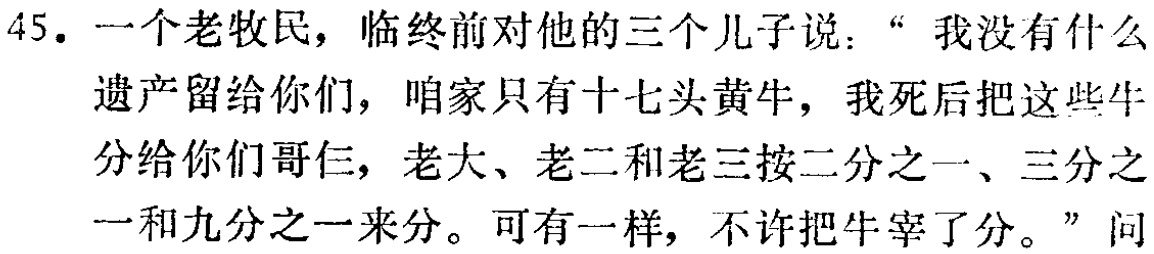
45. 一个老牧民，临终前对他的三个儿子说：“ 我没有什么遗产留给你们，咱家只有十七头黄牛，我死后把这些牛分给你们哥仨，老大、老二和老三按二分之一、三分之一和九分之一来分。可有一样，不许把牛宰了分。”问